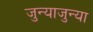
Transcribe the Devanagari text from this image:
जुन्याजुन्या